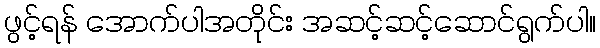
ဖွင့်ရန် အောက်ပါအတိုင်း အဆင့်ဆင့်ဆောင်ရွက်ပါ။